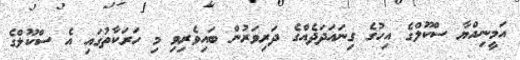
އަމީނިއްޔާ ސްކޫލްގެ އިހުގެ ގިނައަދަދެއްގެ ދަރިވަރުން ބައިވެރިވި މި ހަރަކާތުގައި އެ ސްކޫލްގެ